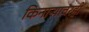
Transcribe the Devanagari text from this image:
किनाऱ्यावरही